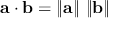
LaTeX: \mathbf { a } \cdot \mathbf { b } = \left\| \mathbf { a } \right\| \, \left\| \mathbf { b } \right\|